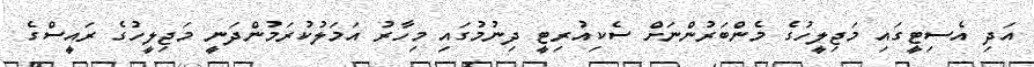
އަދި އެސިޓީގައި މަޖިލީހުގެ މެންބަރުންނަށް ސެކިއުރިޓީ ދިނުމުގައި މިހާރު އަމަލުކުރަމުންދަނީ މަޖިލީހުގެ ރައީސްގެ